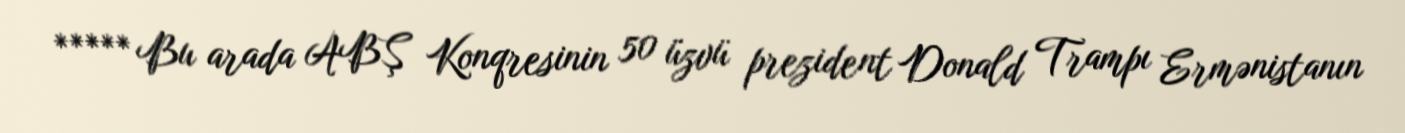
***** Bu arada ABŞ Konqresinin 50 üzvü prezident Donald Trampı Ermənistanın